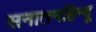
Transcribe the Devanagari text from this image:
सनातनहिन्दू